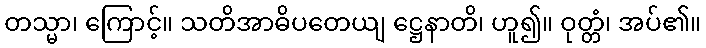
တသ္မာ၊ ကြောင့်။ သတိအာဓိပတေယျ ဋ္ဌေနာတိ၊ ဟူ၍။ ဝုတ္တံ၊ အပ်၏။